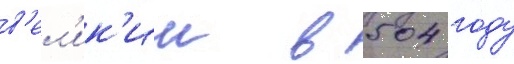
в'ел'ик'ии в 504 году